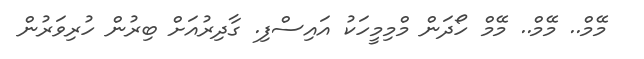
މޭމް.. މޭމް.. މޭމް ހޯދަން މްމިމީހަކު އައިސްފި. ގާދިރުއަށް ބިރުން ހުރިވަރުން